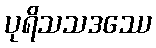
ပုရိသသဒဿေ